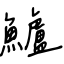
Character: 鱸